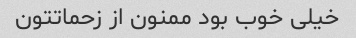
خیلی خوب بود ممنون از زحماتتون